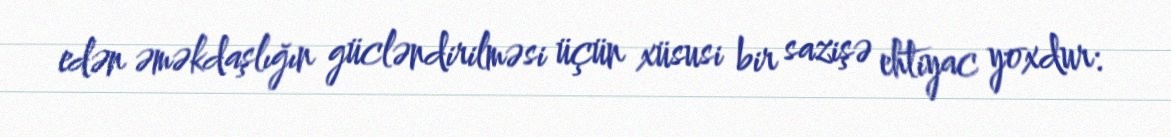
edən əməkdaşlığın gücləndirilməsi üçün xüsusi bir sazişə ehtiyac yoxdur: